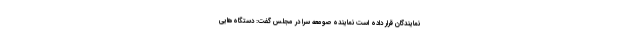
نمایندگان قرار داده است نماینده صومعه سرا در مجلس گفت: دستگاه‌هایی